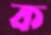
ক